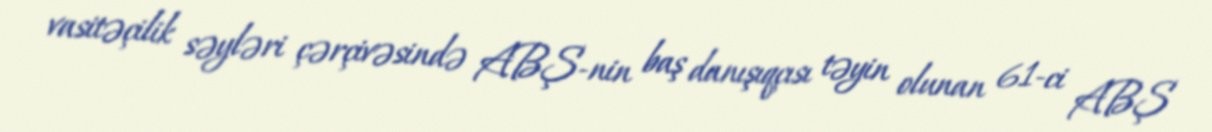
vasitəçilik səyləri çərçivəsində ABŞ-nin baş danışıqçısı təyin olunan 61-ci ABŞ